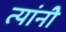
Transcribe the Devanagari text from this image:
त्यांनीेे